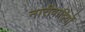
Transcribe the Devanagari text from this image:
नारीवादियों